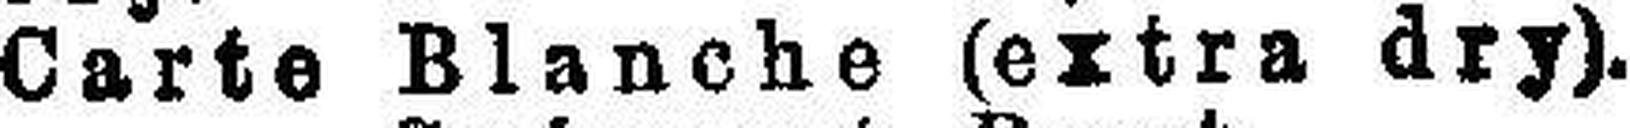
Carte Blanche (extra dry).